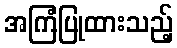
အကြံပြုထားသည့်